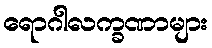
ရောဂါလက္ခဏာများ